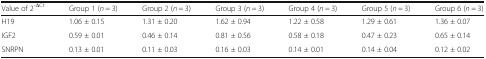
| Value of 2-ΔCt | Group 1 (n = 3) | Group 2 (n = 3) | Group 3 (n = 3) | Group 4 (n = 3) | Group 5 (n = 3) | Group 6 (n = 3) |
 | --- | --- | --- | --- | --- | --- | --- |
 | H19 | 1.06 ± 0.15 | 1.31 ± 0.20 | 1.62 ± 0.94 | 1.22 ± 0.58 | 1.29 ± 0.61 | 1.36 ± 0.07 |
 | IGF2 | 0.59 ± 0.01 | 0.46 ± 0.14 | 0.81 ± 0.56 | 0.58 ± 0.18 | 0.47 ± 0.23 | 0.65 ± 0.14 |
 | SNRPN | 0.13 ± 0.01 | 0.11 ± 0.03 | 0.16 ± 0.03 | 0.14 ± 0.01 | 0.14 ± 0.04 | 0.12 ± 0.02 |